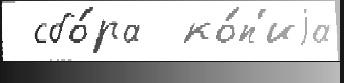
 сбо́ра  ко́п'иjа